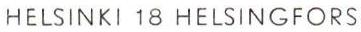
HELSINKI 18 HELSINGFORS